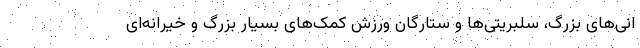
انی‌های بزرگ، سلبریتی‌ها و ستارگان ورزش کمک‌های بسیار بزرگ و خیرانه‌ای